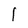
Character: l